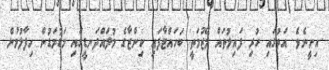
އިށީނެވެ. އަތުގައި ހުރި ފައިލުތައް މޭޒުމަތީ ބަހައްޓާފައި ކިންޒާގެ މުލައްދަނޑީގައި މަޑުމަޑުން ހިފާލުމުން